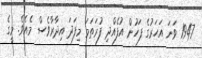
1947 ވަނަ އަހަރުގެ ފަހުން އުފެއްދި ފުރަތަމަ މިފަދަ އިދާރާވެސް މެއެވެ. މީގެ